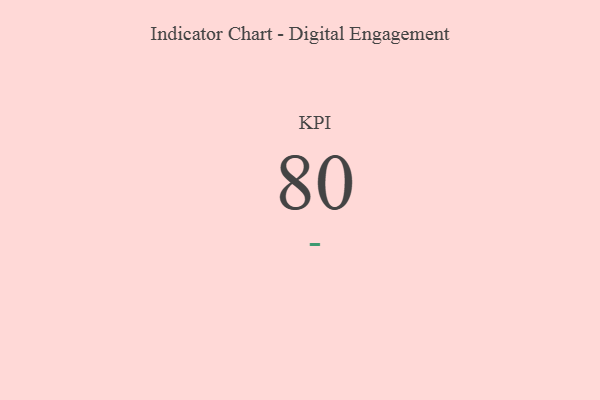
{"axis": {"x": "KPI", "y": "Value"}, "legend": [""], "data": [{"x": "KPI", "y": 80, "type": ""}]}